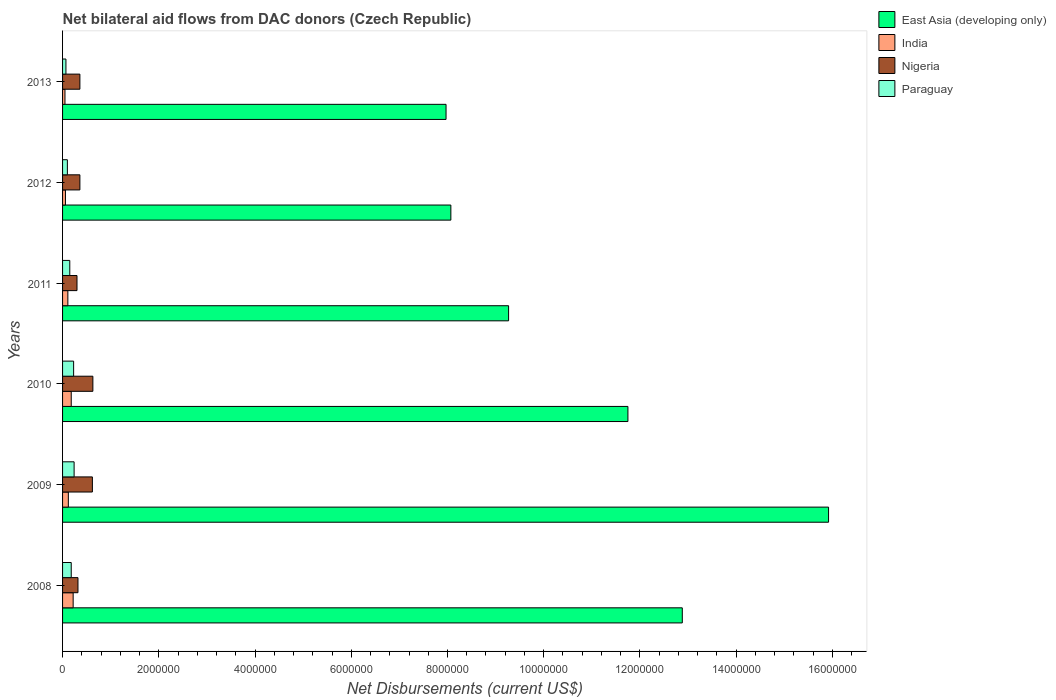
| Years | East Asia (developing only) | India | Nigeria | Paraguay |
 | --- | --- | --- | --- | --- |
 | 2008 | 1.29e+07 | 2.2e+05 | 3.2e+05 | 1.8e+05 |
 | 2009 | 1.59e+07 | 1.2e+05 | 6.2e+05 | 2.4e+05 |
 | 2010 | 1.18e+07 | 1.8e+05 | 6.3e+05 | 2.3e+05 |
 | 2011 | 9.27e+06 | 1.1e+05 | 3e+05 | 1.5e+05 |
 | 2012 | 8.07e+06 | 6e+04 | 3.6e+05 | 1e+05 |
 | 2013 | 7.97e+06 | 5e+04 | 3.6e+05 | 7e+04 |